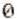
0